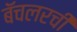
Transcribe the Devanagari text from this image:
बॅचलरची